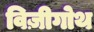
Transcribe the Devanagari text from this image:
विज़ीगोथ